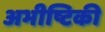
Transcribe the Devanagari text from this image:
अभीष्टिकी